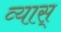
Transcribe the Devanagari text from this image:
व्यास्